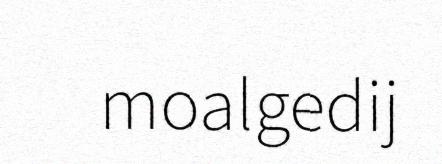
moalgedij